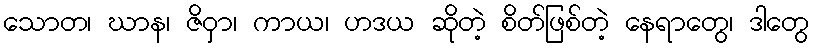
သောတ၊ ဃာန၊ ဇိဝှာ၊ ကာယ၊ ဟဒယ ဆိုတဲ့ စိတ်ဖြစ်တဲ့ နေရာတွေ၊ ဒါတွေ